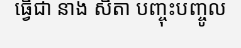
ធ្វើជា នាង សិតា បញ្ចុះបញ្ចូល